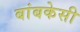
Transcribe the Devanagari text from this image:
बांबकेसी